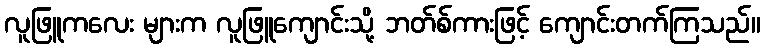
လူဖြူကလေး များက လူဖြူကျောင်းသို့ ဘတ်စ်ကားဖြင့် ကျောင်းတက်ကြသည်။